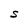
Character: S